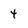
Character: 4